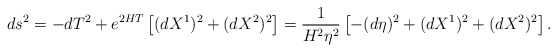
\begin{align*}ds^2 = -dT^2 + e^{2HT}\left[ (dX^1)^2 + (dX^2)^2 \right] =\frac{1}{H^2\eta^2}\left[ -(d\eta)^2 + (dX^1)^2 + (dX^2)^2 \right].\end{align*}